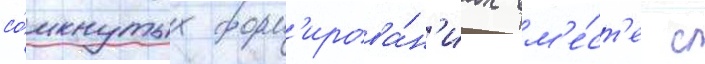
со́мкнутых форм'ирова́н'иах вм'е́ст'е с